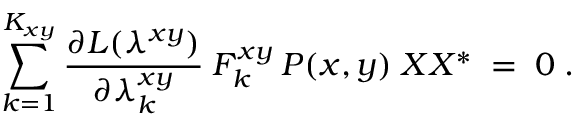
\sum _ { k = 1 } ^ { K _ { x y } } \frac { \partial { \cal { L } } ( \lambda ^ { x y } ) } { \partial \lambda _ { k } ^ { x y } } \: F _ { k } ^ { x y } \: P ( x , y ) \; X X ^ { * } \; = \; 0 \; .